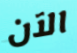
الآن